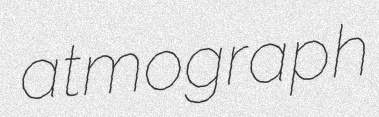
atmograph